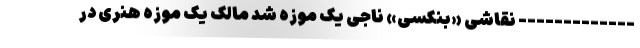
------------- نقاشی «بنکسی» ناجی یک موزه شد مالک یک موزه هنری در